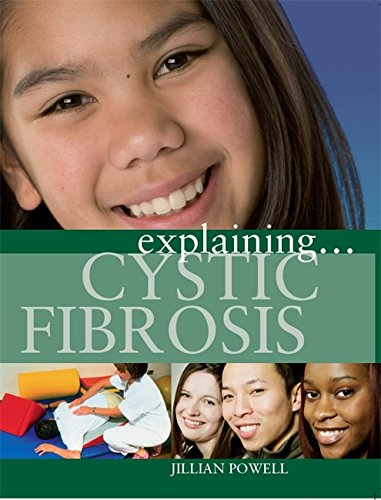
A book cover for Cystic Fibrosis (Explaining); Health, Fitness & Dieting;